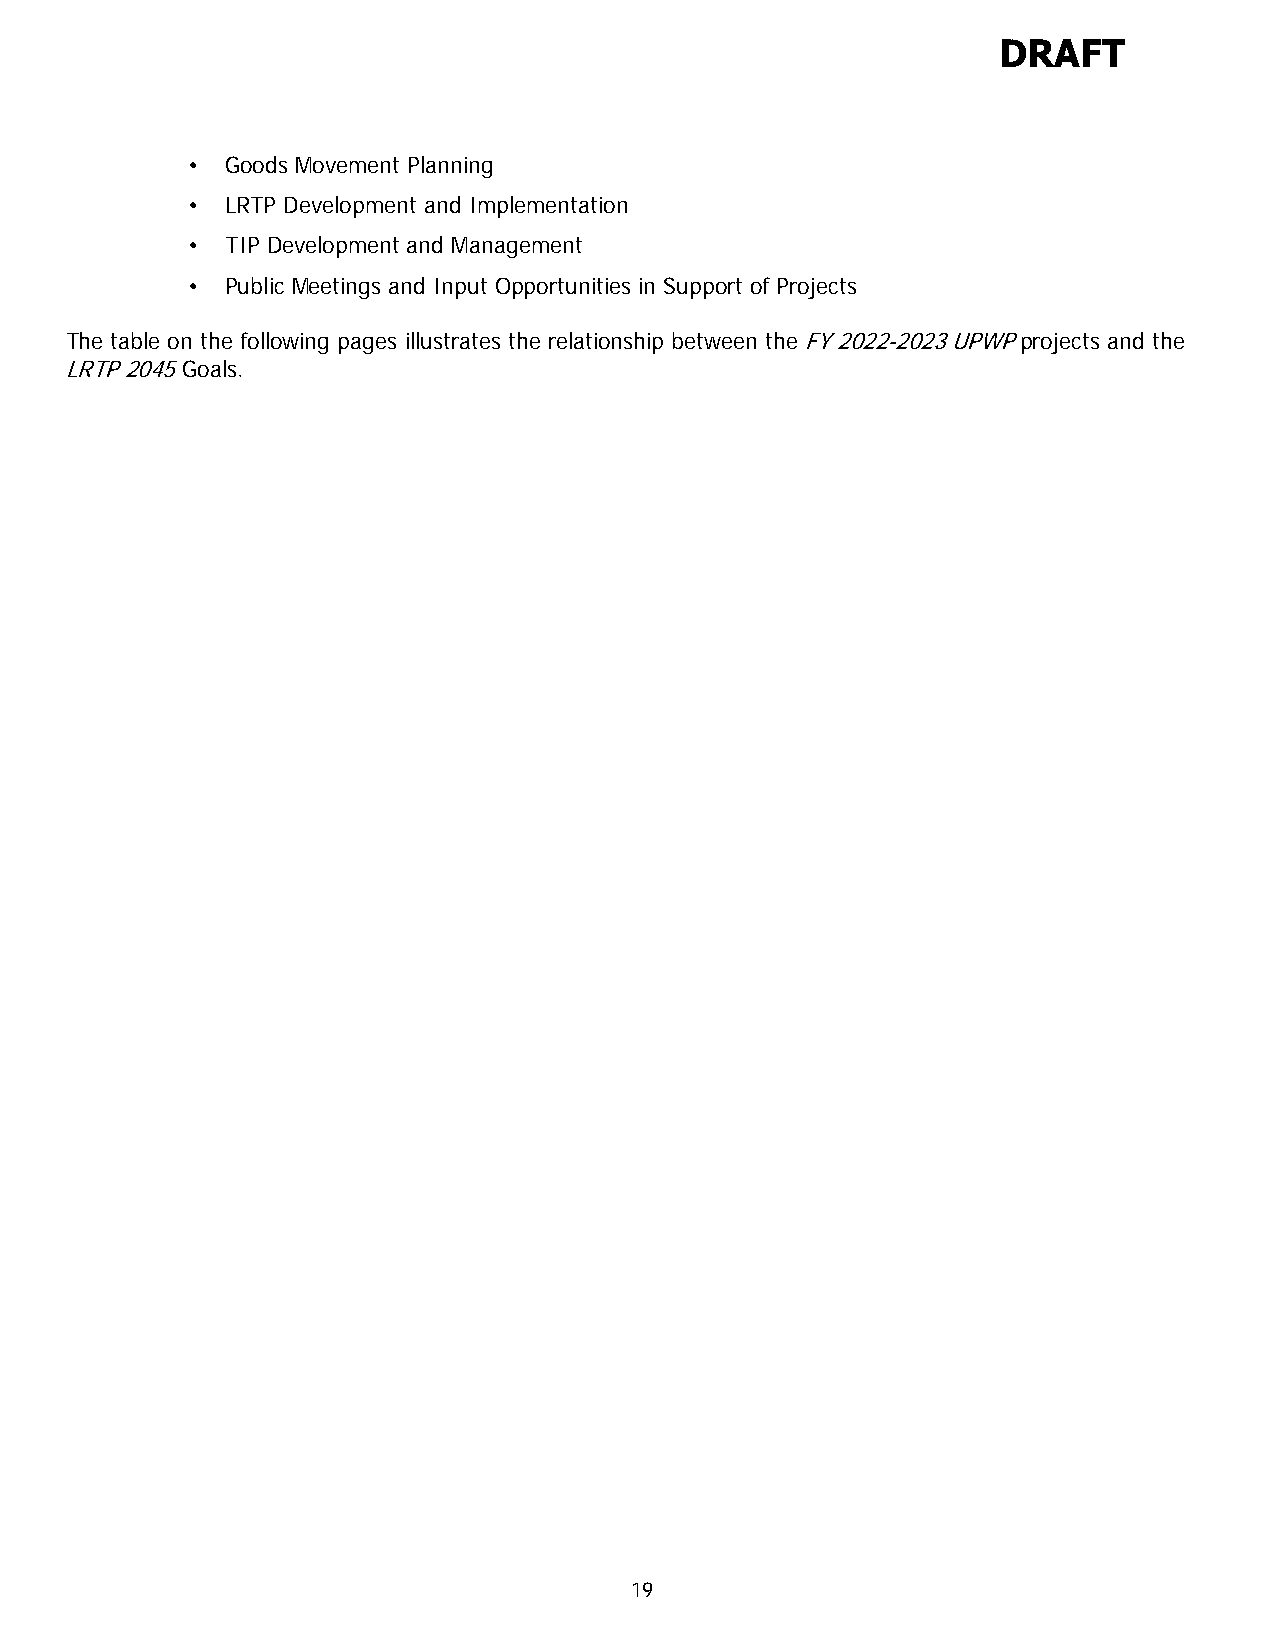
DRAFT
 •  Goods Movement Planning
 •  LRTP Development and Implementation
 •  TIP Development and Management
 •  Public Meetings and Input Opportunities in Support of Projects
 The table on the following pages illustrates the relationship between the FY 2022-2023 UPWP projects and the
 LRTP 2045 Goals.
 19